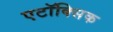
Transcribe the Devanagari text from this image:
एटॉक्सिक